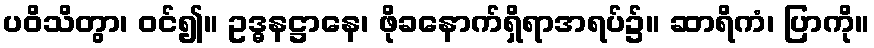
ပဝိသိတွာ၊ ဝင်၍။ ဥဒ္ဓနဋ္ဌာနေ၊ ဖိုခနောက်ရှိရာအရပ်၌။ ဆာရိကံ၊ ပြာကို။